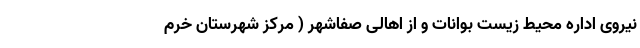
نیروی اداره محیط زیست بوانات و از اهالی صفاشهر ( مرکز شهرستان خرم